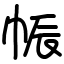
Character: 帪